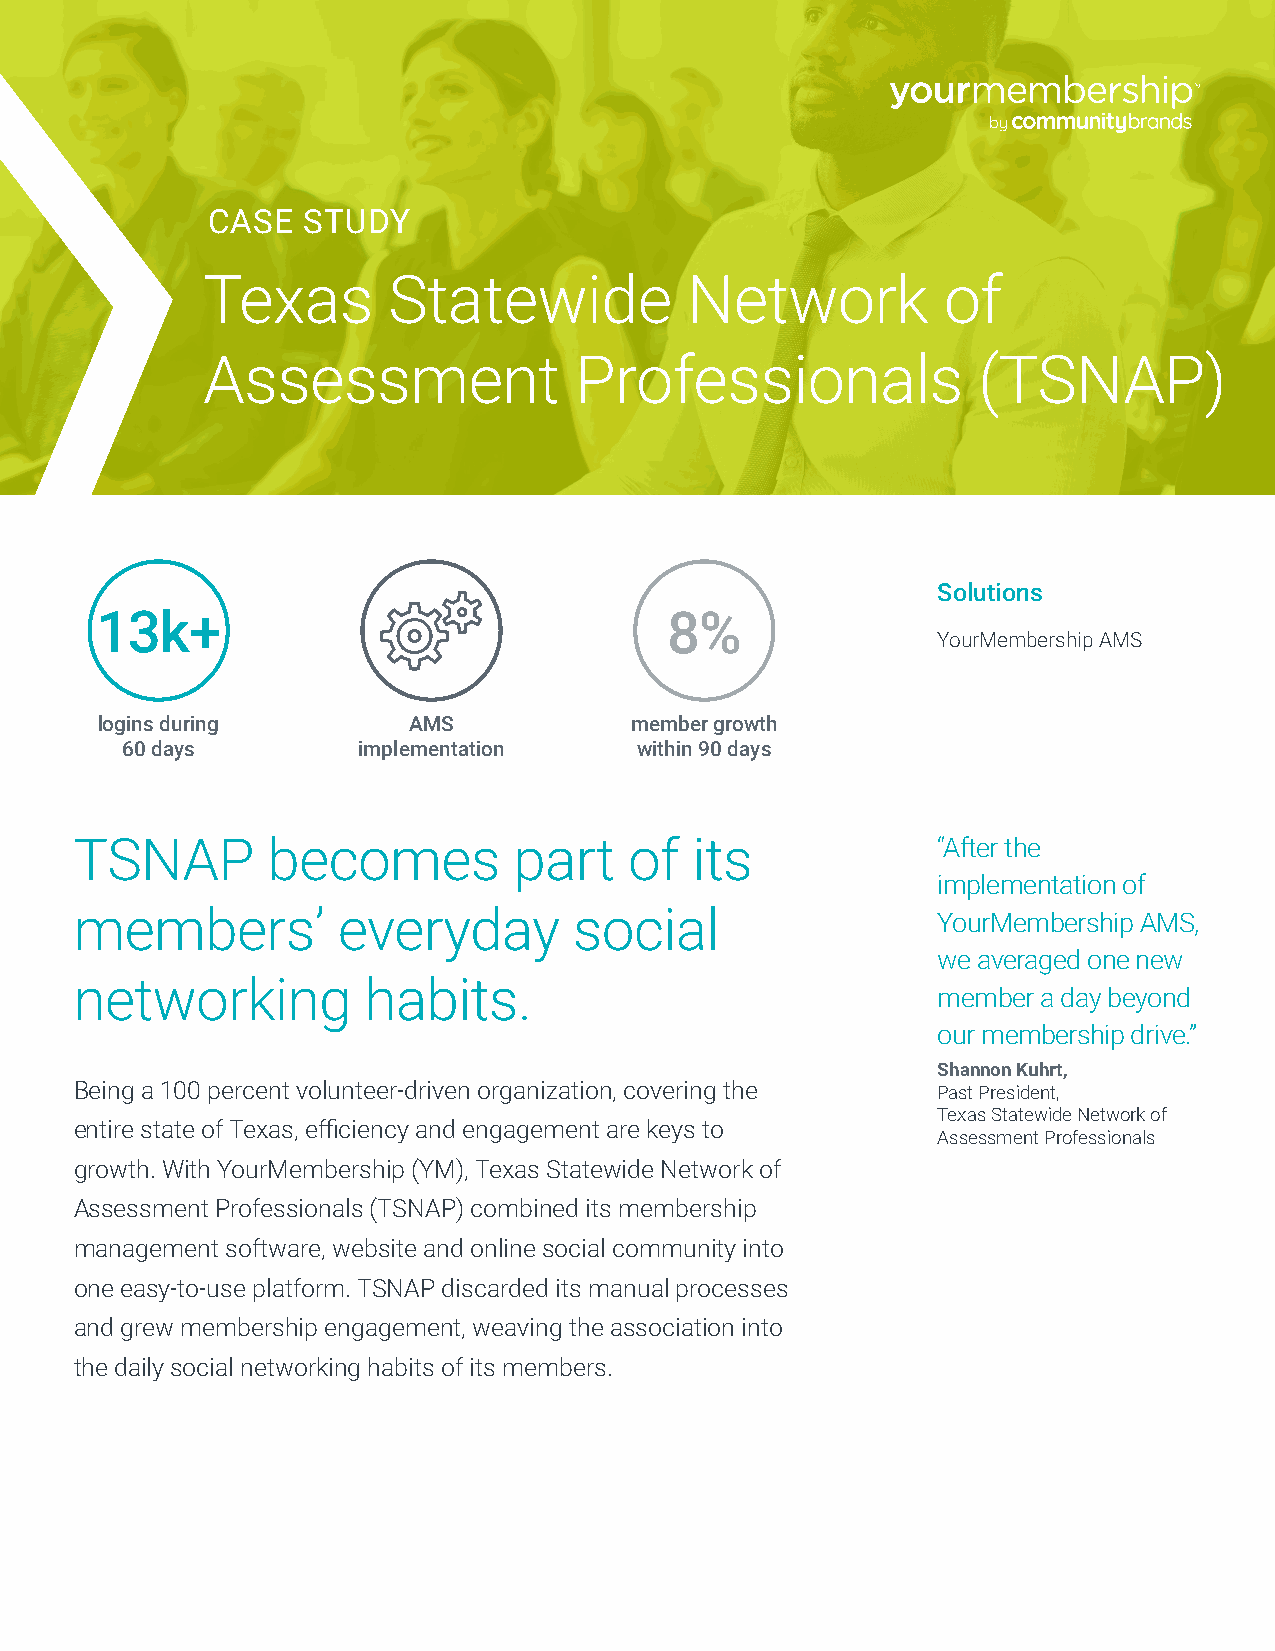
CASE  STUDY
 Texas        Statewide          Network          of
 Assessment               Professionals              (TSNAP)
 Solutions
 13k+                                  8%
 YourMembership AMS
 logins during        AMS            member growth
 60 days         implementation    within 90 days
 TSNAP        becomes         part    of  its             “After the
 implementation of
 members’         everyday        social                  YourMembership AMS,
 we averaged one new
 networking         habits.
 member a day beyond
 our membership drive.”
 Shannon Kuhrt,
 Being a 100 percent volunteer-driven organization, covering the Past President,
 Texas Statewide Network of
 entire state of Texas, efficiency and engagement are keys to
 Assessment Professionals
 growth. With YourMembership (YM), Texas Statewide Network of
 Assessment Professionals (TSNAP) combined its membership
 management software, website and online social community into
 one easy-to-use platform. TSNAP discarded its manual processes
 and grew membership engagement, weaving the association into
 the daily social networking habits of its members.